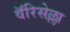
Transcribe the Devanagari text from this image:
वॅरिसेल्ला